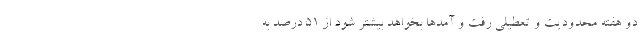
دو هفته محدودیت و تعطیلی رفت و آمدها بخواهد بیشتر شود از ۵۱ درصد به